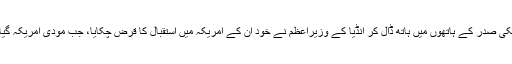
امریکی صدر کے ہاتھوں میں ہاتھ ڈال کر انڈیا کے وزیراعظم نے خود ان کے امریکہ میں استقبال کا قرض چکایا، جب مودی امریکہ گیا تھا۔